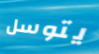
يتوسل